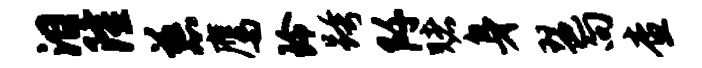
泪隆慈鹰玲跨阡赌身琶向查